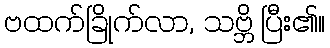
ဗထက်ခြိုက်လာ, သဗ္ဘိ ပြီး၏။